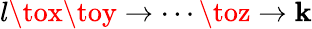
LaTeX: l\tox\toy\to\cdots\toz\to\mathbf{k}